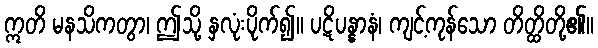
ဣတိ မနသိကတွာ၊ ဤသို့ နှလုံးပိုက်၍။ ပဋိပန္နာနံ၊ ကျင့်ကုန်သော တိတ္ထိတို့၏။